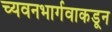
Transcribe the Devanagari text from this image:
च्यवनभार्गवाकडून